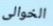
الخوالى